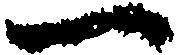
一